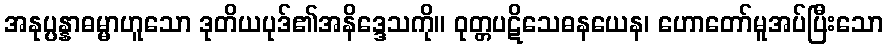
အနုပ္ပန္နာဓမ္မာဟူသော ဒုတိယပုဒ်၏အနိဒ္ဒေသကို။ ဝုတ္တပဋိသေဓနယေန၊ ဟောတော်မူအပ်ပြီးသော